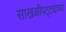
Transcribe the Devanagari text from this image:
साखळीपट्ट्याच्या